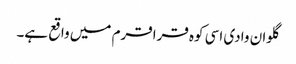
گلوان وادی اسی کوہ قراقرم میں واقع ہے۔